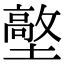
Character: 𡒋